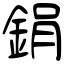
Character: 鋗